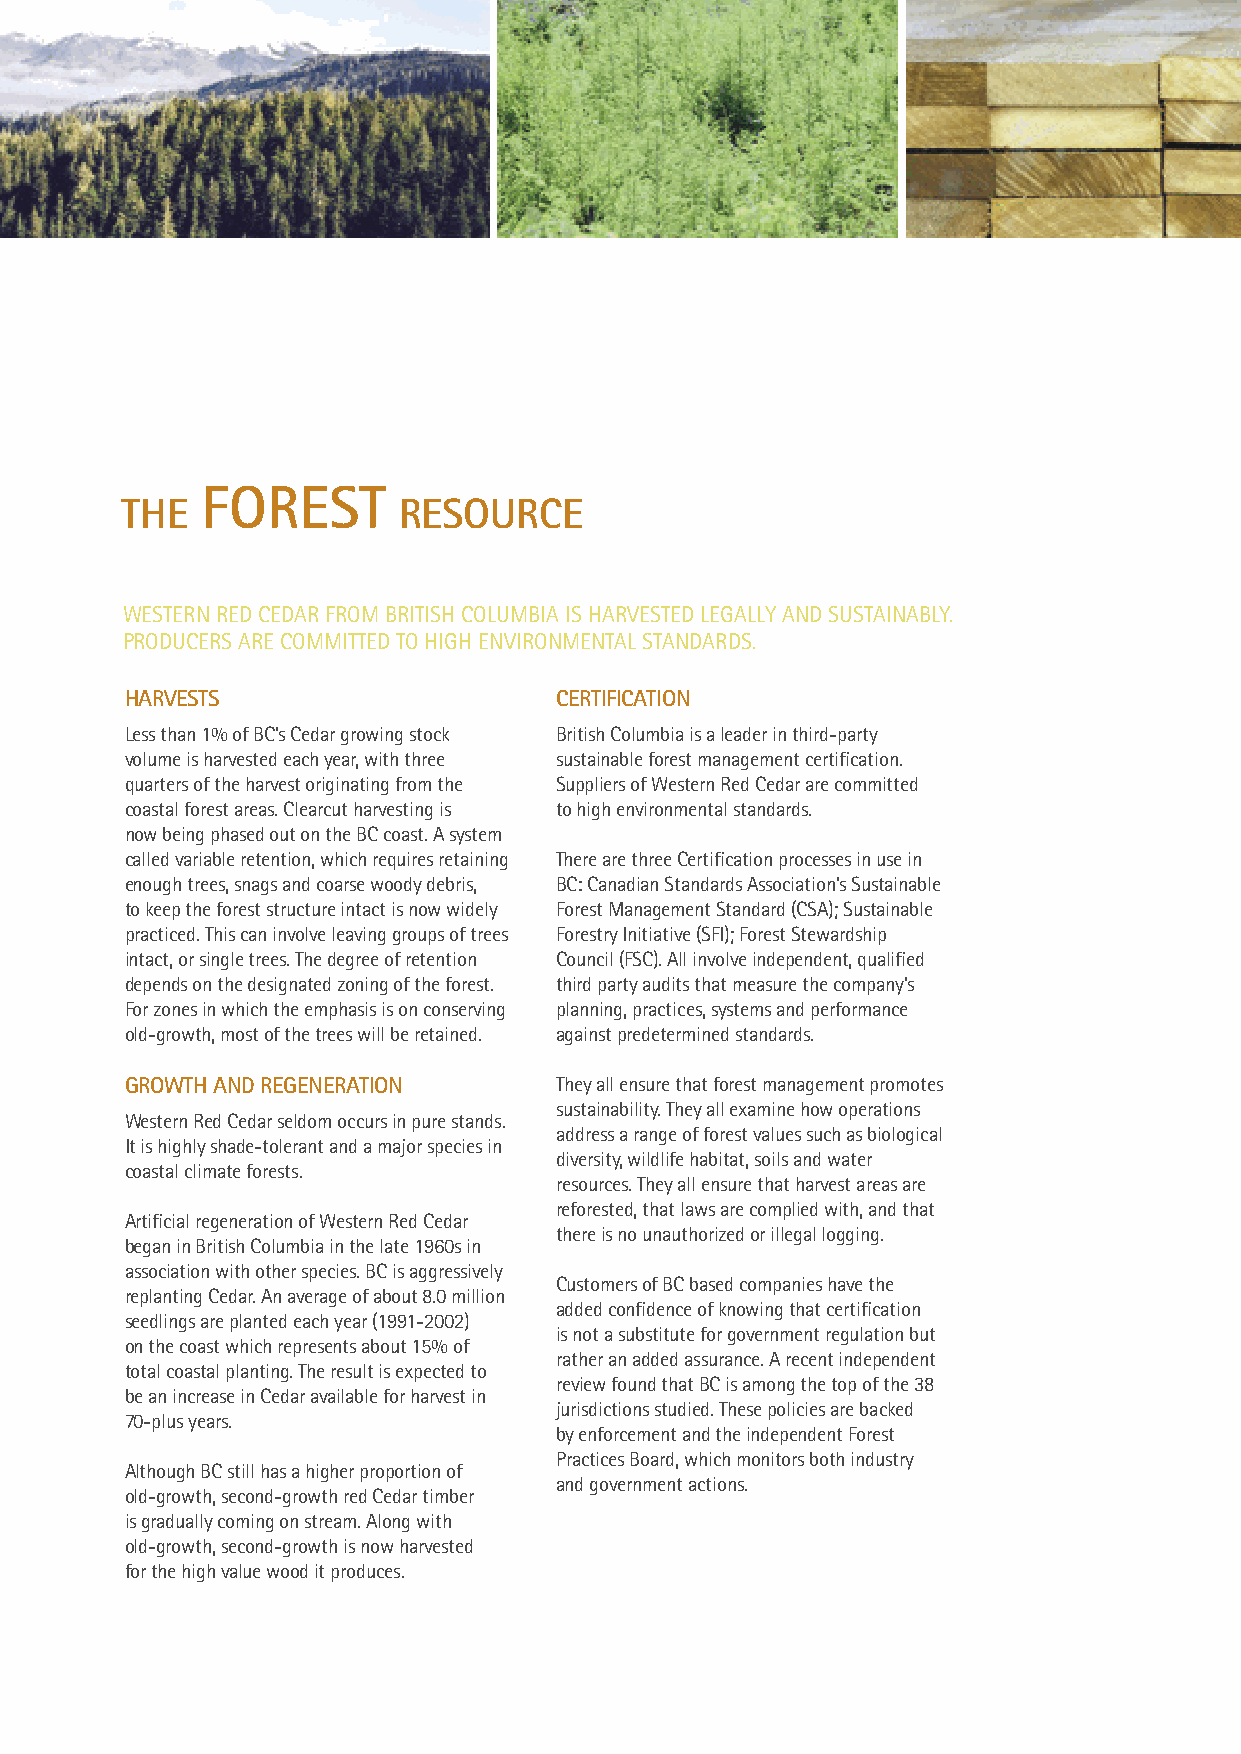
FOREST
 THE               RESOURCE
 WESTERN RED CEDAR FROM BRITISH COLUMBIA IS HARVESTED LEGALLY AND SUSTAINABLY.
 PRODUCERS ARE COMMITTED TO HIGH ENVIRONMENTAL STANDARDS.
 HARVESTS                     CERTIFICATION
 Less than 1% of BC’s Cedar growing stock British Columbia is a leader in third-party
 volume is harvested each year, with three sustainable forest management certification.
 quarters of the harvest originating from the Suppliers of Western Red Cedar are committed
 coastal forest areas. Clearcut harvesting is to high environmental standards.
 now being phased out on the BC coast. A system
 called variable retention, which requires retaining There are three Certification processes in use in
 enough trees, snags and coarse woody debris, BC: Canadian Standards Association’s Sustainable
 to keep the forest structure intact is now widely Forest Management Standard (CSA); Sustainable
 practiced. This can involve leaving groups of trees Forestry Initiative (SFI); Forest Stewardship
 intact, or single trees. The degree of retention Council (FSC). All involve independent, qualified
 depends on the designated zoning of the forest. third party audits that measure the company’s
 For zones in which the emphasis is on conserving planning, practices, systems and performance
 old-growth, most of the trees will be retained. against predetermined standards.
 GROWTH AND REGENERATION      They all ensure that forest management promotes
 sustainability. They all examine how operations
 Western Red Cedar seldom occurs in pure stands.
 address a range of forest values such as biological
 It is highly shade-tolerant and a major species in
 diversity, wildlife habitat, soils and water
 coastal climate forests.
 resources. They all ensure that harvest areas are
 reforested, that laws are complied with, and that
 Artificial regeneration of Western Red Cedar
 there is no unauthorized or illegal logging.
 began in British Columbia in the late 1960s in
 association with other species. BC is aggressively
 Customers of BC based companies have the
 replanting Cedar. An average of about 8.0 million
 added confidence of knowing that certification
 seedlings are planted each year (1991-2002)
 is not a substitute for government regulation but
 on the coast which represents about 15% of
 rather an added assurance. A recent independent
 total coastal planting. The result is expected to
 review found that BC is among the top of the 38
 be an increase in Cedar available for harvest in
 jurisdictions studied. These policies are backed
 70-plus years.
 by enforcement and the independent Forest
 Practices Board, which monitors both industry
 Although BC still has a higher proportion of
 and government actions.
 old-growth, second-growth red Cedar timber
 is gradually coming on stream. Along with
 old-growth, second-growth is now harvested
 for the high value wood it produces.